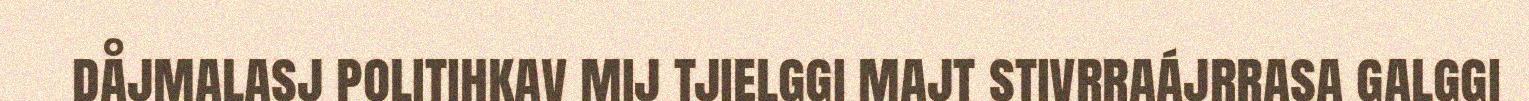
dåjmalasj politihkav mij tjielggi majt stivrraájrrasa galggi